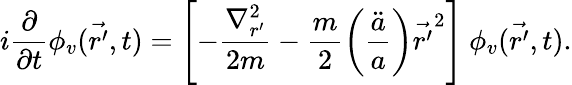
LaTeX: i\frac{\partial}{\partial t}\phi_{v}(\vec{r^{\prime}},t)=\left[-\frac{{\nabla}_{r^{\prime}}^{2}}{2m}-\frac{m}{2}\left(\frac{\ddot{a}}{a}\right){\vec{r^{\prime}}}^{2}\right]\ \phi_{v}(\vec{r^{\prime}},t).